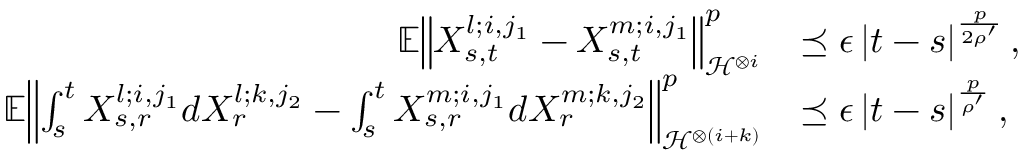
\begin{array} { r l } { \mathbb { E } { \left\lVert { X _ { s , t } ^ { l ; i , j _ { 1 } } - X _ { s , t } ^ { m ; i , j _ { 1 } } } \right\rVert } _ { \mathcal { H } ^ { \otimes i } } ^ { p } } & { \preceq \epsilon \left| t - s \right| ^ { \frac { p } { 2 \rho ^ { \prime } } } , } \\ { \mathbb { E } { \left\lVert { \int _ { s } ^ { t } X _ { s , r } ^ { l ; i , j _ { 1 } } d X _ { r } ^ { l ; k , j _ { 2 } } - \int _ { s } ^ { t } X _ { s , r } ^ { m ; i , j _ { 1 } } d X _ { r } ^ { m ; k , j _ { 2 } } } \right\rVert } _ { \mathcal { H } ^ { \otimes ( i + k ) } } ^ { p } } & { \preceq \epsilon \left| t - s \right| ^ { \frac { p } { \rho ^ { \prime } } } , } \end{array}